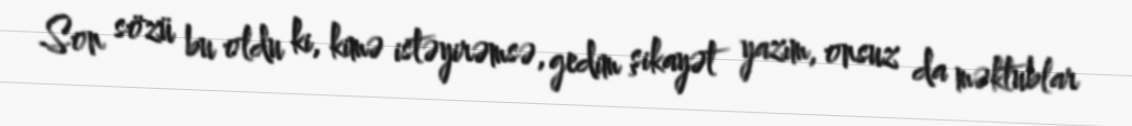
Son sözü bu oldu ki, kimə istəyirəmsə, gedim şikayət yazım, onsuz da məktublar